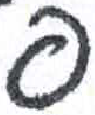
אות: פ